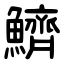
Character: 鱭